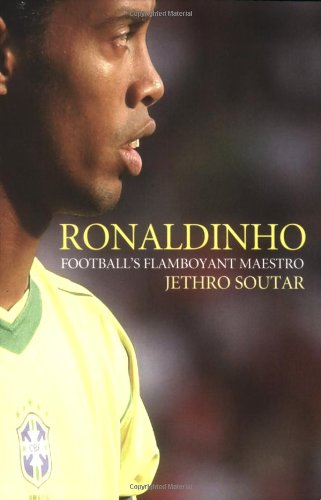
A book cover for Ronaldinho: Football's Flamboyant Maestro; Jethro Soutar; Biographies & Memoirs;